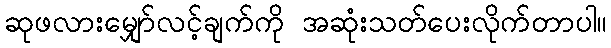
ဆုဖလားမျှော်လင့်ချက်ကို အဆုံးသတ်ပေးလိုက်တာပါ။